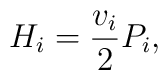
H_{i}=\frac{v_{i}}{2} P_{i},